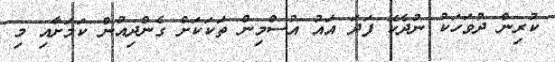
ކުރިން ދުވަހަކު ނުދެކޭ ފަދަ އައު އުސްމިން ތަކަކަށް ގެންދިއުން ކަމަށާއި މި